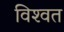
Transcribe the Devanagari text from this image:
विश्‍वत